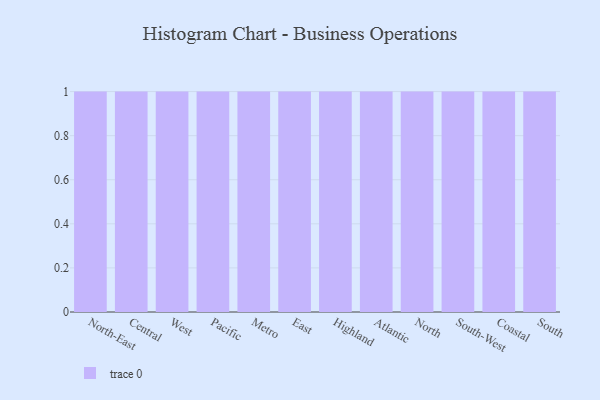
{"axis": {"x": "Region", "y": "Tickets Resolved"}, "legend": [""], "data": [{"x": "North-East", "y": 10, "type": ""}, {"x": "Central", "y": 48, "type": ""}, {"x": "West", "y": 53, "type": ""}, {"x": "Pacific", "y": 93, "type": ""}, {"x": "Metro", "y": 1, "type": ""}, {"x": "East", "y": 10, "type": ""}, {"x": "Highland", "y": 59, "type": ""}, {"x": "Atlantic", "y": 58, "type": ""}, {"x": "North", "y": 42, "type": ""}, {"x": "South-West", "y": 88, "type": ""}, {"x": "Coastal", "y": 73, "type": ""}, {"x": "South", "y": 20, "type": ""}]}